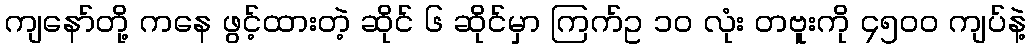
ကျနော်တို့ ကနေ ဖွင့်ထားတဲ့ ဆိုင် ၆ ဆိုင်မှာ ကြက်ဥ ၁၀ လုံး တဗူးကို ၄၅၀၀ ကျပ်နဲ့